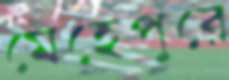
মেহেপুরে